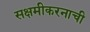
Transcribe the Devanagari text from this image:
सक्षमीकरनाची